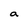
Character: a